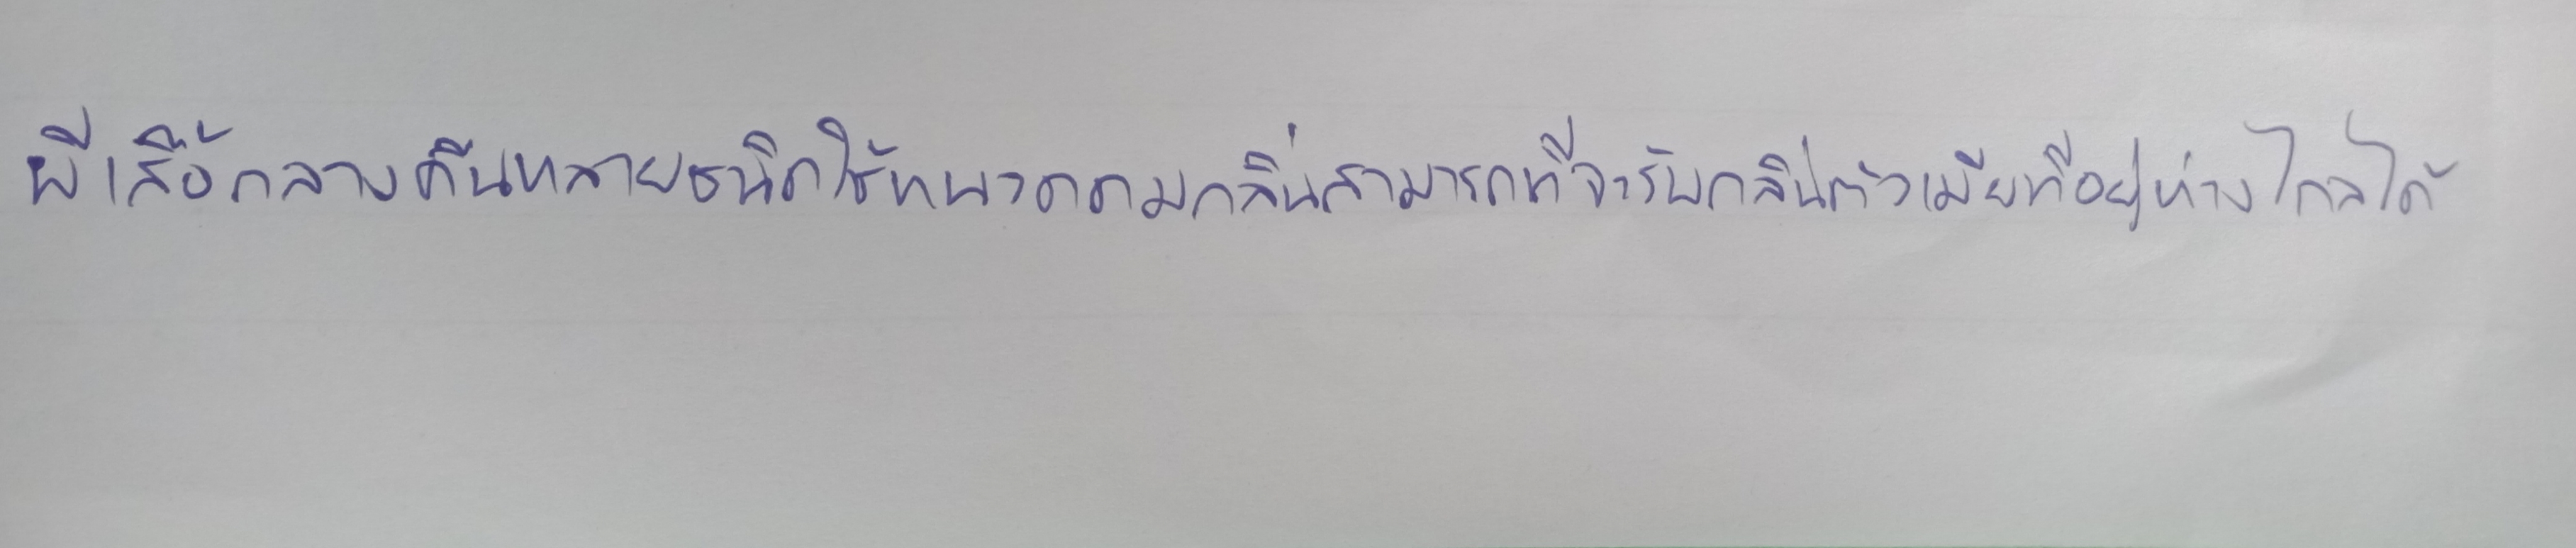
ผีเสื้อกลางคืนหลายชนิดใช้หนวดดมกลิ่นสามารถที่จะรับกลิ่นตัวเมียที่อยู่ห่างไกลได้